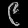
Digit: ၉